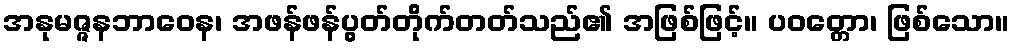
အနုမဇ္ဇနဘာဝေန၊ အဖန်ဖန်ပွတ်တိုက်တတ်သည်၏ အဖြစ်ဖြင့်။ ပဝတ္တော၊ ဖြစ်သော။